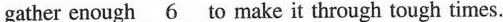
gather enough \underline{6} to make it through tough times.